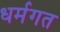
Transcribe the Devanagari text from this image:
धर्मगत